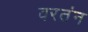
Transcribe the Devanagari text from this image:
वरतंन